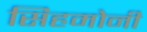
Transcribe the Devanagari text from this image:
सिहमोनी